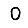
Digit: 0